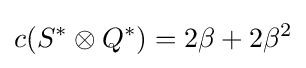
c(S^{*}\otimes Q^{*})=2\beta +2\beta ^{2}